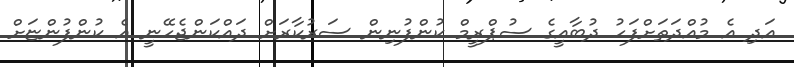
އަދި އެ މުއްދަތަށްފަހު ދުބާއީގެ ސުޕްރީމް ކުންފުނިން ސަރުކާރަށް ދައްކަންޖެހޭނީ އެ ކުންފުންޏަށް